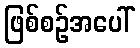
ဖြစ်စဉ်အပေါ်